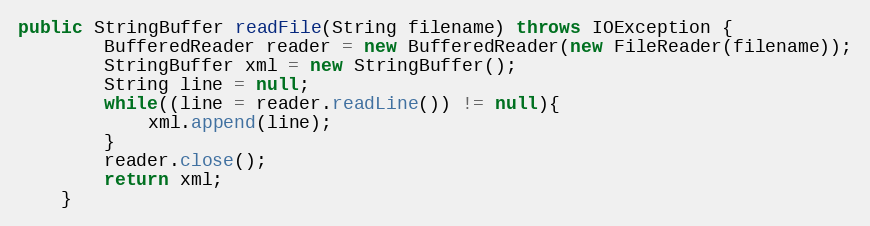
Language: Java
public StringBuffer readFile(String filename) throws IOException {
		BufferedReader reader = new BufferedReader(new FileReader(filename));
		StringBuffer xml = new StringBuffer();
		String line = null;
        while((line = reader.readLine()) != null){
            xml.append(line);
        }
		reader.close();
		return xml;
	}